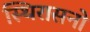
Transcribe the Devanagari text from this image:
स्थिरासनो